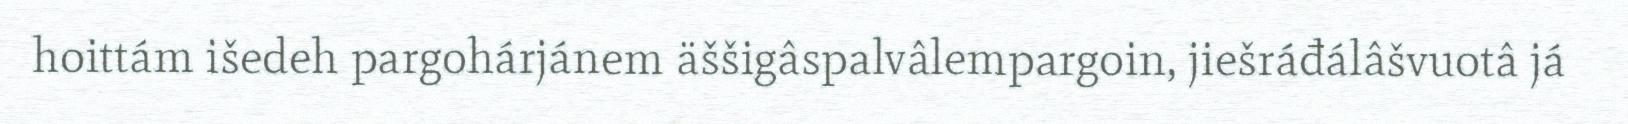
hoittám išedeh pargohárjánem äššigâspalvâlempargoin, jiešráđálâšvuotâ já